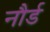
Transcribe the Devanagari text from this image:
नौर्ड